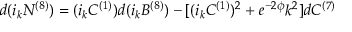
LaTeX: d ( i _ { k } N ^ { ( 8 ) } ) = ( i _ { k } C ^ { ( 1 ) } ) d ( i _ { k } B ^ { ( 8 ) } ) - [ ( i _ { k } C ^ { ( 1 ) } ) ^ { 2 } + e ^ { - 2 \phi } k ^ { 2 } ] d C ^ { ( 7 ) }